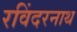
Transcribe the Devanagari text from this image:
रविंदरनाथ